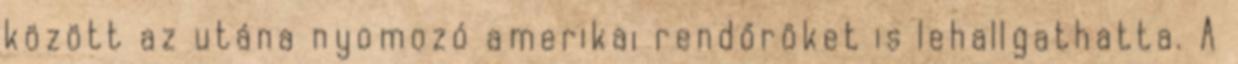
között az utána nyomozó amerikai rendőröket is lehallgathatta. A